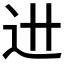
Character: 𰺯